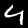
Digit: 4